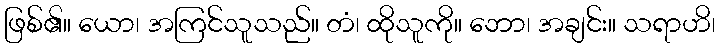
ဖြစ်၏။ ယော၊ အကြင်သူသည်။ တံ၊ ထိုသူကို။ ဘော၊ အချင်း။ သရာဟိ၊